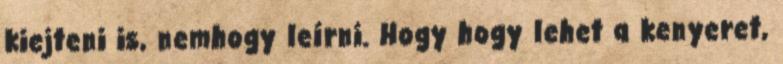
kiejteni is, nemhogy leírni. Hogy hogy lehet a kenyeret,